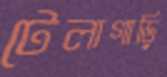
টেলাগাড়ি